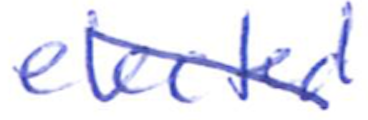
Text: elected
Cross-out: diagonal
Writing tool: ballpoint